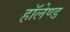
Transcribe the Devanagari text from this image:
हॉलेण्ड